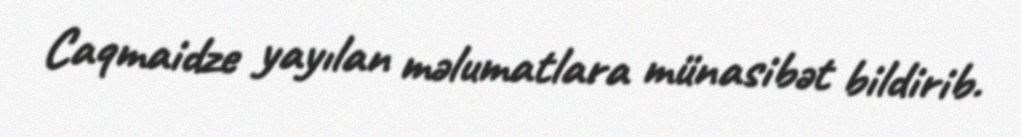
Caqmaidze yayılan məlumatlara münasibət bildirib.